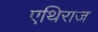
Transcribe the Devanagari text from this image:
एथिराज